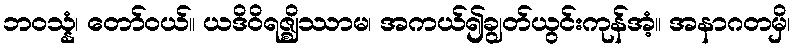
ဘဝသ္နံ၊ တော်ဝယ်။ ယဒိဝိရဇ္ဈိဿာမ၊ အကယ်၍ချွတ်ယွင်းကုန်အံ့။ အနာဂတမှိ၊